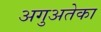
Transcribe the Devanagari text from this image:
अगुअतेका